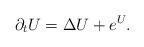
LaTeX: \begin{align*}\partial_t U = \Delta U + e^U.\end{align*}